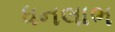
ધનલાભ